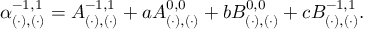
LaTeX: \alpha _ { ( \cdot ) , ( \cdot ) } ^ { - 1 , 1 } = A _ { ( \cdot ) , ( \cdot ) } ^ { - 1 , 1 } + a A _ { ( \cdot ) , ( \cdot ) } ^ { 0 , 0 } + b B _ { ( \cdot ) , ( \cdot ) } ^ { 0 , 0 } + c B _ { ( \cdot ) , ( \cdot ) } ^ { - 1 , 1 } .